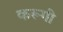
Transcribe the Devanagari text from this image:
करूगी